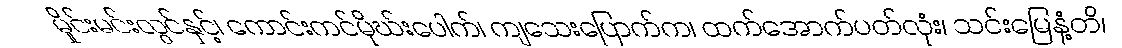
မှိုင်းမင်းလွင်နှင့်၊ ကောင်းကင်မိုဃ်းပေါက်၊ ကျသေးပြောက်က၊ ထက်အောက်ပတ်လုံး၊ သင်းမြေနံ့တိ၊